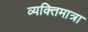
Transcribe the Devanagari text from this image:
व्यक्तिमात्रा